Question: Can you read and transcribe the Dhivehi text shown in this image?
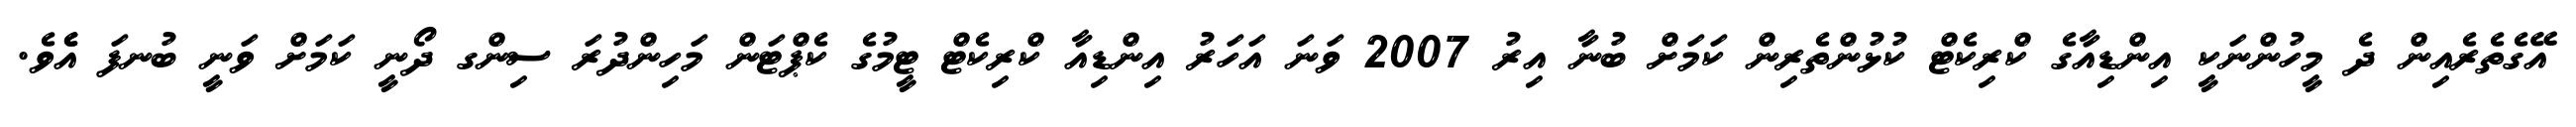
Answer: އޭގެތެރެއިން ދެ މީހުންނަކީ އިންޑިއާގެ ކްރިކެޓް ކުޅުންތެރިން ކަމަށް ބުނާ އިރު 2007 ވަނަ އަހަރު އިންޑިއާ ކްރިކެޓް ޓީމުގެ ކެޕްޓަން މަހިންދުރަ ސިންގ ދޯނީ ކަމަށް ވަނީ ބުނފަ އެެވެ.